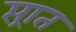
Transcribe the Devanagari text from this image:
प्त्रात